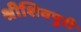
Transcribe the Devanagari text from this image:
श्रीशिवपुरी